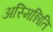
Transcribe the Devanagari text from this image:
अस्मिन्निति